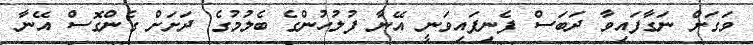
ވަގަށް ނަގާފައިވާ ދަބަސް ފެނިފައިވަނީ އޭނާ ފުލުހުންގެ ބެލުމުގެ ދަށަށް ގެންގޮސް އޭނާ